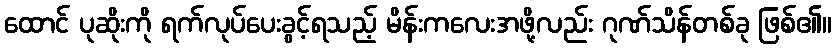
ထောင် ပုဆိုးကို ရက်လုပ်ပေးခွင့်ရသည့် မိန်းကလေးအဖို့လည်း ဂုဏ်သိန်တစ်ခု ဖြစ်၏။